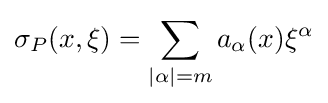
\sigma _{P}(x,\xi )=\sum _{|\alpha |=m}a_{\alpha }(x)\xi ^{\alpha }